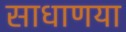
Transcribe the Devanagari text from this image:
साधाणया